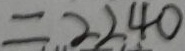
= 2 2 4 0